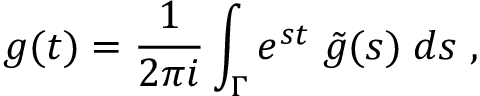
g ( t ) = \frac { 1 } { 2 \pi i } \int _ { \Gamma } e ^ { s t } \; \tilde { g } ( s ) \; d s \; ,